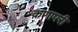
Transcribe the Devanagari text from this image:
कणापरी